Lunatic asylums Punjab 1895-1910 - 1895-1910
Year: 1895
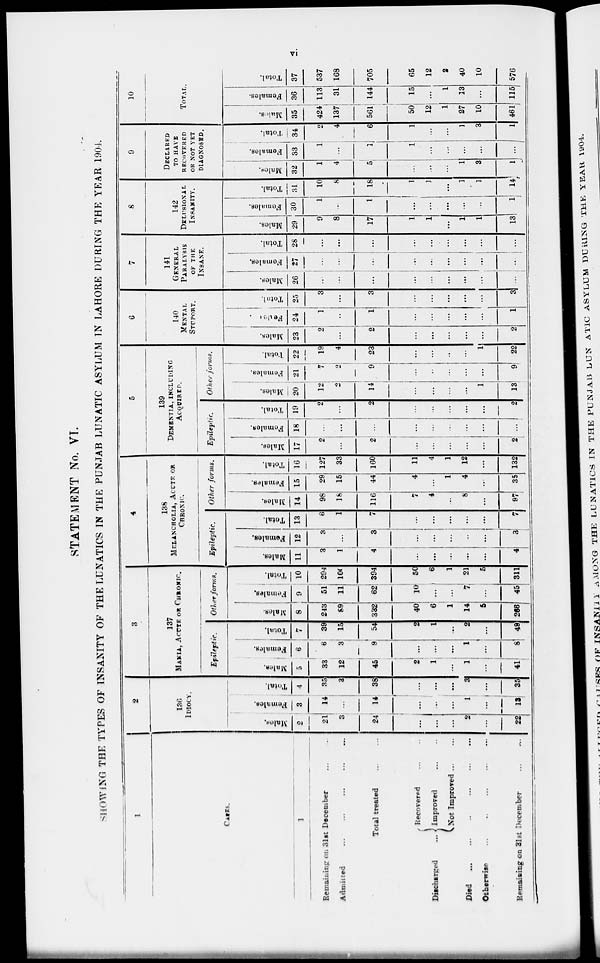
vi
STATEMENT No. VI.
SHOWING THE TYPES OF INSANITY OF THE LUNATICS IN THE PUNJAB LUNATIC ASYLUM IN LAHORE DURING THE YEAR 1904.
1
CARES.
1
Remaining on 31st December ... ...
Admitted ... ... ... ... ...
Total treated ... ...
Discharged
Recovered ... ...
Improved
...
...
Not Improved ... ...
Died
...
...
...
...
...
Otherwise ... ... ... ... ...
Remaining on 31st December ... ...
2
136
IDIOCY.
Males.
2
21
3
24
...
...
...
2
...
22
Females.
3
14
...
14
...
...
1
...
13
Total.
4
35
3
38
...
...
...
3
...
35
3
137
MANIA, ACUTE OR CHRONIC.
Epileptic.
Males.
5
33
12
45
2
1
...
1
...
41
Females.
6
6
3
9
...
...
...
1
...
8
Total.
7
39
15
54
2
1
...
2
...
49
Other forms.
Males.
8
243
89
332
40
6
1
14
5
266
Females.
9
51
11
62
10
...
...
7
...
45
Total.
10
294
100
394
50
6
1
21
5
311
4
138
MELANCHOLIA, ACUTE OR
CHRONIC.
Epileptic.
Males.
11
3
1
4
...
...
...
...
...
4
Females.
12
3
...
3
...
...
...
...
...
3
Total.
13
6
1
7
...
...
...
...
...
7
Other forms.
Males.
14
98
18
116
7
4
...
8
...
97
Females.
15
29
15
44
4
...
1
4
...
35
Total.
16
127
33
160
11
4
1
12
...
132
5
139
DEMENTIA, INCLUDING
ACQUIRED.
Epileptic.
Males.
17
2
...
2
...
...
...
...
...
2
Females.
18
...
...
...
...
...
...
...
...
...
Total.
19
2
...
2
...
...
...
...
...
2
Other forms.
Males.
20
12
2
14
...
...
...
...
1
13
Females.
21
7
2
9
...
...
...
...
...
9
Total.
22
19
4
23
...
...
...
...
1
22
6
140
MENTAL
STUPORT.
Males.
23
2
...
2
...
...
...
...
...
2
Females.
24
1
...
1
...
...
...
...
...
1
Total.
25
3
...
3
...
...
...
...
...
3
7
141
GENERAL
PARALYSIS
OF THE
INSANE .
Males.
26
...
...
...
...
...
...
...
...
...
Females.
27
...
...
...
...
...
...
...
...
...
Total.
28
...
...
...
...
...
...
...
...
...
8
142
DELUSIONAL
INSAITY.
Males.
29
9
8
17
1
1
...
1
1
13
Females.
30
1
...
1
...
...
...
...
...
1
Total.
31
10
8
18
1
3
...
1
1
14
9
DECLARED
TO HAVE
RECOVERED
OR NOT YET
DIAGNOSED.
Males.
32
1
4
5
...
...
...
1
3
1
Females.
33
1
...
1
...
...
...
...
...
Total.
34
2
4
6
1
...
...
1
3
1
10
TOTAL.
Males.
35
424
137
561
50
12
1
27
10
461
Females.
36
113
31
144
15
...
1
13
...
115
Total.
37
537
168
705
65
12
2
40
10
576